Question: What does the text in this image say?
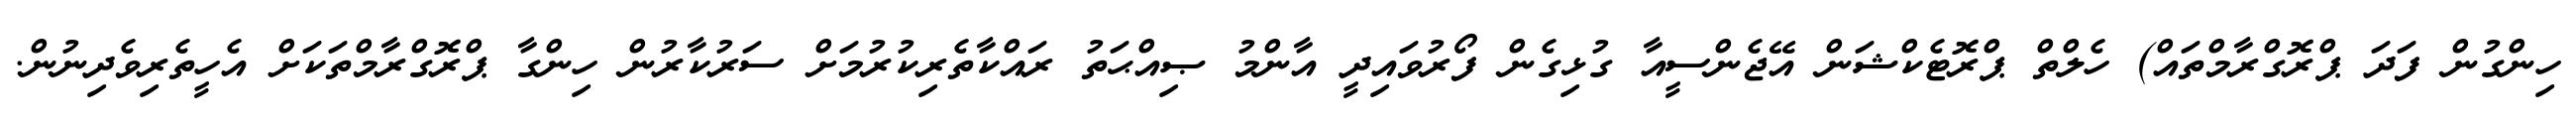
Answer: ހިންގުން ފަދަ ޕްރޮގްރާމްތައް) ހެލްތް ޕްރޮޓެކްޝަން އޭޖެންސީއާ ގުޅިގެން ފޯރުވައިދީ އާންމު ޞިއްޙަތު ރައްކާތެރިކުރުމަށް ސަރުކާރުން ހިންގާ ޕްރޮގްރާމްތަކަށް އެހީތެރިވެދިނުން.